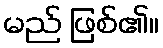
မည် ဖြစ်၏။